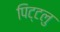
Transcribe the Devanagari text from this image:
पिट्टलु